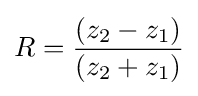
R={\frac {\left(z_{2}-z_{1}\right)}{\left(z_{2}+z_{1}\right)}}